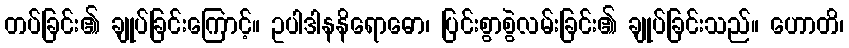
တပ်ခြင်း၏ ချုပ်ခြင်းကြောင့်။ ဥပါဒါနနိရောဓော၊ ပြင်းစွာစွဲလမ်းခြင်း၏ ချုပ်ခြင်းသည်။ ဟောတိ၊